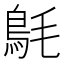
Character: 𩿘